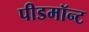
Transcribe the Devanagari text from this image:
पीडमॉन्ट